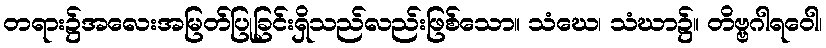
တရား၌အလေးအမြတ်ပြုခြင်းရှိသည်လည်းဖြစ်သော။ သံဃေ၊ သံဃာ၌။ တိဗ္ဗဂါရဝေါ၊